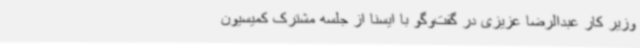
وزیر کار عبدالرضا عزیزی در گفت‌وگو با ایسنا از جلسه مشترک کمیسیون